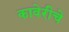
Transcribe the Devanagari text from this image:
कावेरीचे